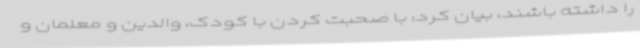
را داشته باشند، بیان کرد: با صحبت کردن با کودک، والدین و معلمان و